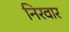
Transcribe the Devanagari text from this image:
निरवार